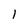
Character: 1